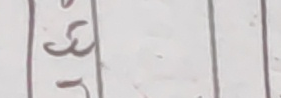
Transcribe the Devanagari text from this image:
३
१